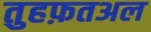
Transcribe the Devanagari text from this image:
तुहफ़तअल